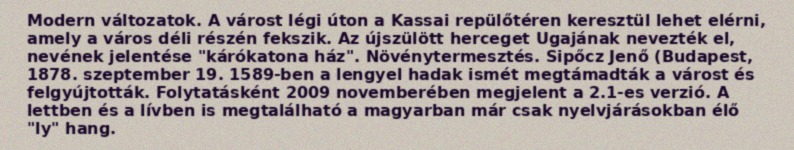
Modern változatok. A várost légi úton a Kassai repülőtéren keresztül lehet elérni, amely a város déli részén fekszik. Az újszülött herceget Ugajának nevezték el, nevének jelentése "kárókatona ház". Növénytermesztés. Sipőcz Jenő (Budapest, 1878. szeptember 19. 1589-ben a lengyel hadak ismét megtámadták a várost és felgyújtották. Folytatásként 2009 novemberében megjelent a 2.1-es verzió. A lettben és a lívben is megtalálható a magyarban már csak nyelvjárásokban élő "ly" hang.